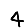
Digit: 4